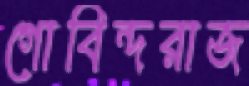
গোবিন্দরাজ